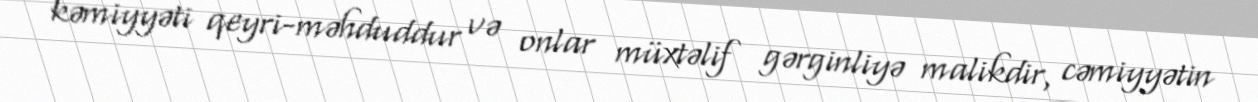
kəmiyyəti qeyri-məhduddur və onlar müxtəlif gərginliyə malikdir, cəmiyyətin